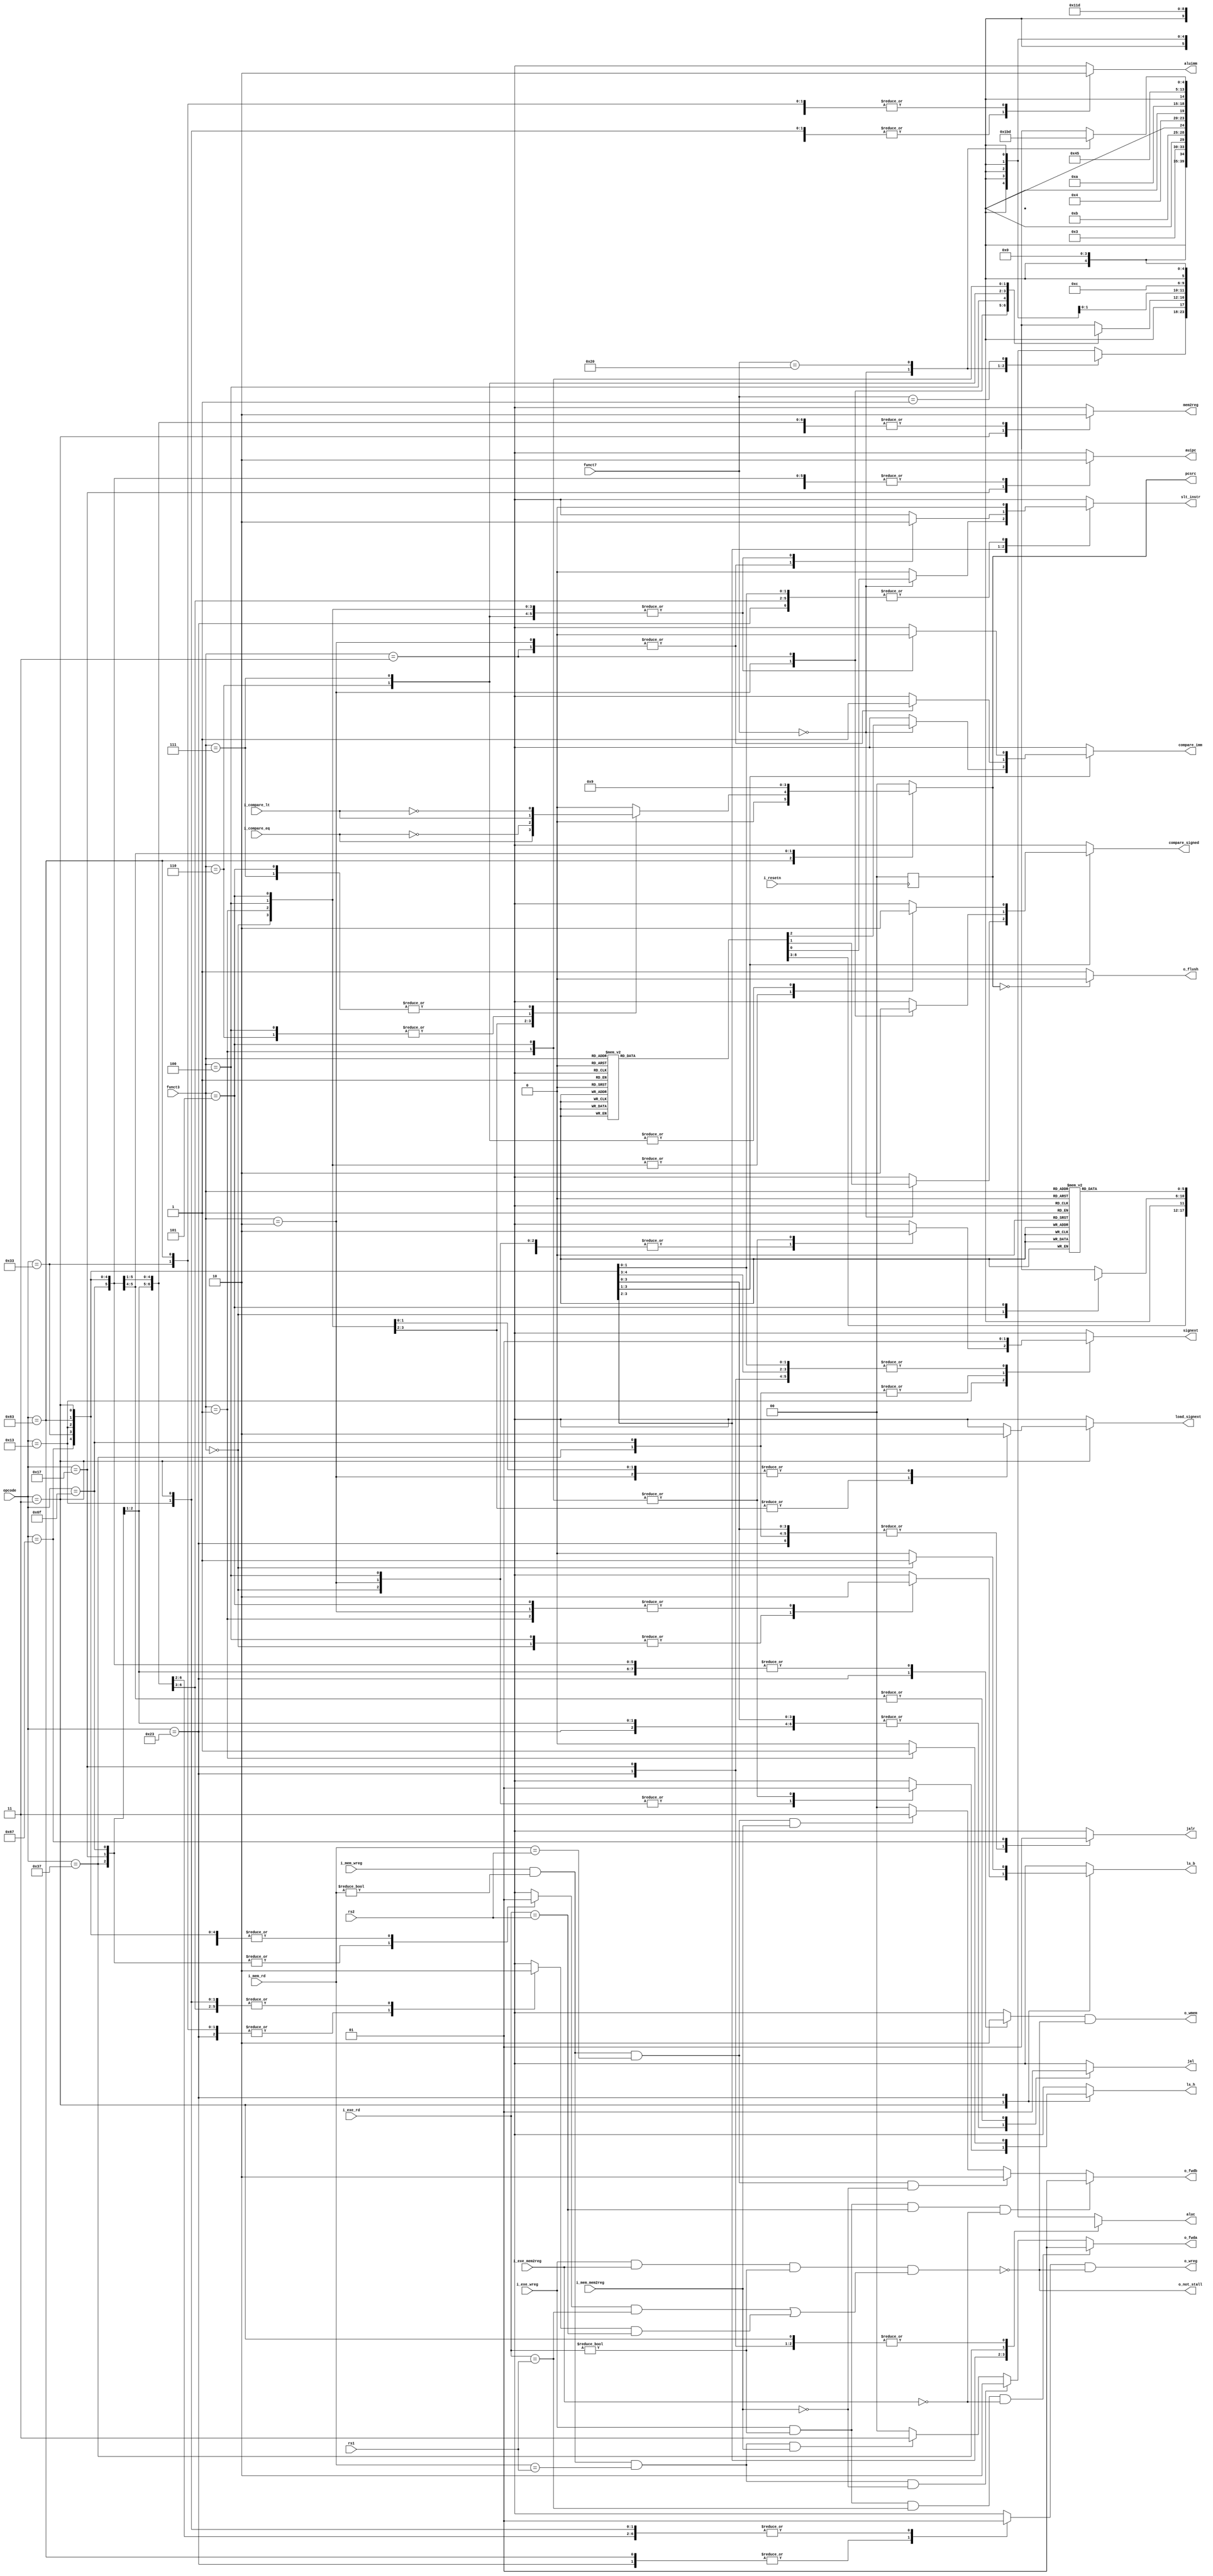
module control_unit (
    // from instr mem
    input wire i_resetn,
    input wire [6:0] opcode,
    input wire [2:0] funct3,
    input wire [6:0] funct7,
    input wire [4:0] rs1, rs2,
    // from datapath
    input wire i_compare_lt, i_compare_eq,
    input wire i_mem_wreg, i_mem_mem2reg, i_exe_wreg, i_exe_mem2reg,
    input wire [4:0] i_mem_rd, i_exe_rd,
    // to datapath
    output wire o_not_stall, o_flush, 
    output reg [5:0] aluc,
    output reg [1:0] pcsrc,
    output reg [1:0] o_fwda, o_fwdb,
    output wire o_wreg, o_wmem,
    output reg mem2reg, aluimm, jal, jalr, signext, auipc, ls_b, ls_h, load_signext, slt_instr, compare_signed, compare_imm 
); 
    
    /**** Data Forwarding (regdata1)****/
    always @(*)
    begin
        // default: No hazards
        o_fwda = 2'b00;

        // alu out from instr in exe stage
        if (i_exe_wreg & (i_exe_rd != 0) & (i_exe_rd == rs1) & ~i_exe_mem2reg) // if instr in exe stage writes to regfile AND the instr in the ID stage reads the result of the instr in the EXE stage AND EXE instr is not a load
            o_fwda = 2'b01;
        else
        begin
            // alu out from instr in mem stage
            if (i_mem_wreg & (i_mem_rd != 0) & (i_mem_rd == rs1) & ~i_mem_mem2reg) // if MEM instr writes to regfile AND ID instr reads the result of MEM instr AND MEM instr is not a load 
                o_fwda = 2'b10;
            // mem data from instr in mem stage 
            else
                if (i_mem_wreg & (i_mem_rd != 0) & (i_mem_rd == rs1) & i_mem_mem2reg) // if MEM instr writes to regfile AND ID instr reads the result of MEM instr AND MEM instr is a load
                    o_fwda = 2'b11;
        end 
    end

    /**** Data Forwarding (regdata2)****/
    always @(*)
    begin
        // default: No hazards
        o_fwdb = 2'b00;

        // alu out from instr in exe stage
        if (i_exe_wreg & (i_exe_rd != 0) & (i_exe_rd == rs2) & ~i_exe_mem2reg)
            o_fwdb = 2'b01;
        else
        begin
            // alu out from instr in mem stage
            if (i_mem_wreg & (i_mem_rd != 0) & (i_mem_rd == rs2) & ~i_mem_mem2reg)
                o_fwdb = 2'b10;
            // mem data from instr in mem stage 
            else
                if (i_mem_wreg & (i_mem_rd != 0) & (i_mem_rd == rs2) & i_mem_mem2reg)
                    o_fwdb = 2'b11;
        end 
    end

    wire stall;
    reg wmem, wreg;
    reg use_rs1, use_rs2; // boolean that signifies if the current instruction uses rs1/rs2
    assign o_wmem = wmem & o_not_stall;
    assign o_wreg = wreg & o_not_stall;

    assign stall = i_exe_wreg & i_exe_mem2reg & (i_exe_rd != 0) & ( use_rs1 & (i_exe_rd == rs1) | use_rs2 & (i_exe_rd == rs2) );
    assign o_not_stall = ~stall;
    assign o_flush = (pcsrc == 2'b00) ? 1'b0 : 1'b1; // if pcsrc is pc+4 then do not flush. If pcsrc is not pc+4 (jump/branch is taken) then flush

    always @(negedge i_resetn)
    begin
        pcsrc = 2'b00;
    end

    /******************************** Instruction Decode ********************************/
    always @(*)
    begin
        wreg    = 1'bx;
        jal     = 1'bx;
        jalr    = 1'bx;
        mem2reg = 1'bx;
        aluimm  = 1'bx;
        signext = 1'bx;
        ls_b    = 1'bx;
        ls_h    = 1'bx;
        load_signext = 1'bx;
        wmem    = 1'bx;
        pcsrc   = 2'b00;
        aluc    = 6'bxxxxxx;
        auipc   = 1'bx;
        slt_instr = 1'bx;
        compare_signed = 1'bx;
        compare_imm = 1'bx;
        use_rs1 = 1'bx;
        use_rs2 = 1'bx;

        case(opcode)
            7'b0110011: // R-Type
            begin
                wreg    = 1'b1;
                jal     = 1'b0;
                jalr    = 1'b0;
                mem2reg = 1'b0;
                aluimm  = 1'b0;
                signext = 1'b1;
                ls_b    = 1'bx;
                ls_h    = 1'bx;
                load_signext = 1'bx;
                wmem    = 1'b0;
                pcsrc   = 2'b00;
                auipc   = 1'b0;
                slt_instr = 1'b0;
                compare_signed = 1'bx;
                compare_imm = 1'bx;
                use_rs1 = 1'b1;
                use_rs2 = 1'b1;
                
                case(funct7)
                    7'b0000000: 
                    begin
                        case(funct3)
                            3'b000: aluc  = 6'bxx0000; // add                               
                            3'b001: aluc  = 6'bx00101; // sll
                            3'b010:                    // slt
                            begin
                                compare_signed = 1'b1;
                                compare_imm = 1'b0;
                                aluc  = 6'bxx0011; 
                                slt_instr = 1'b1;
                            end
                            3'b011:                   // sltu
                            begin
                                compare_signed = 1'b0;
                                compare_imm = 1'b0;
                                aluc  = 6'bxx1011; 
                                slt_instr = 1'b1;
                            end
                            3'b100: aluc  = 6'bxx0100; // xor                                             
                            3'b101: aluc  = 6'bx01101; // srl
                            3'b110: aluc  = 6'bxx1010; // or                               
                            3'b111: aluc  = 6'bxx0010; // and
                            default: aluc = 6'bxxxxxx;
                        endcase
                    end
                    
                    7'b0100000: // sra/sub
                    begin
                        case(funct3)
                            3'b000: aluc = 6'bxx1000; // sub
                            3'b101: aluc = 6'bx11101; // sra
                        endcase
                    end

                    7'b0000001: // Mul/Div
                    begin
                        case(funct3)
                            3'b000: aluc = 6'b000001; // mul
                            3'b001: aluc = 6'b010001; // mulh
                            3'b010: aluc = 6'b100001; // mulhsu
                            3'b011: aluc = 6'b110001; // mulhu
                            3'b100: aluc = 6'b001001; // div
                            3'b101: aluc = 6'b011001; // divu
                            3'b110: aluc = 6'b101001; // rem
                            3'b111: aluc = 6'b111001; // remu
                        endcase
                    end
                    
                    default: aluc = 6'bxxxxxx;
                endcase
            end
            
            7'b0010011: // I-Type
            begin
                wreg    = 1'b1;
                jal     = 1'b0;
                jalr    = 1'b0;
                mem2reg = 1'b0;
                aluimm  = 1'b1;
                signext = 1'b1;
                ls_b    = 1'bx;
                ls_h    = 1'bx;
                load_signext = 1'bx;
                wmem    = 1'b0;
                pcsrc   = 2'b00;
                auipc   = 1'b0;
                slt_instr = 1'b0;
                compare_signed = 1'bx;
                compare_imm = 1'bx;
                use_rs1 = 1'b1;
                use_rs2 = 1'b0;

                case(funct3)
                    3'b000: aluc = 6'bxx0000; // addi
                    3'b010:                   // slti
                    begin
                        compare_signed = 1'b1;
                        compare_imm = 1'b1;
                        aluc = 6'bxx0011; 
                        slt_instr = 1'b1;
                    end
                    3'b011:                   // sltiu
                    begin
                        compare_signed = 1'b0;
                        compare_imm = 1'b1;
                        aluc = 6'bxx1011; 
                        slt_instr = 1'b1;
                    end
                    3'b100: aluc = 6'bxx0100; // xori
                    3'b110: aluc = 6'bxx1010; // ori
                    3'b111: aluc = 6'bxx0010; // andi
                    3'b001:                   // slli
                    begin
                        aluc = 6'bx00101; 
                        signext = 1'b0;
                    end
                    3'b101:                 // sr
                    begin
                        signext = 1'b0;
                        case(funct7)
                            7'b0000000: aluc = 6'bx01101; // srli
                            7'b0100000: aluc = 6'bx11101; // srai
                            default:    aluc = 6'bxxxxxx;
                        endcase
                    end
                endcase
            end
            
            7'b1100011: // B-Type
            begin
                wreg     = 1'b0;
                jal      = 1'b0;
                jalr     = 1'b0;
                mem2reg  = 1'b0;
                aluimm   = 1'b0;
                signext  = 1'b1;
                ls_b    = 1'bx;
                ls_h    = 1'bx;
                load_signext = 1'bx;
                wmem     = 1'b0;
                auipc    = 1'b0;
                pcsrc[1] = 1'b0;
                slt_instr = 1'b0;
                compare_signed = 1'bx;
                compare_imm = 1'bx;
                aluc = 6'bxxxxxx;
                use_rs1 = 1'b1;
                use_rs2 = 1'b1;
                
                case(funct3)
                    3'b000: // beq
                    begin 
                        compare_signed = 1'b1;
                        compare_imm = 1'b0;
                        pcsrc[0] = i_compare_eq; 
                    end

                    3'b001: // bne
                    begin
                        compare_signed = 1'b1;
                        compare_imm = 1'b0;
                        pcsrc[0] = ~i_compare_eq; 
                    end

                    3'b100: // blt
                    begin
                        compare_signed = 1'b1;
                        compare_imm = 1'b0;
                        pcsrc[0] = i_compare_lt; 
                    end

                    3'b101: // bge
                    begin
                        compare_signed = 1'b1;
                        compare_imm = 1'b0;
                        pcsrc[0] = ~i_compare_lt; 
                    end

                    3'b110: // bltu
                    begin
                        compare_signed = 1'b0;
                        compare_imm = 1'b0;
                        pcsrc[0] = i_compare_lt; 
                    end

                    3'b111: // bgeu
                    begin
                        compare_signed = 1'b0;
                        compare_imm = 1'b0;
                        pcsrc[0] = ~i_compare_lt; 
                    end

                    default: pcsrc = 2'b00;
                endcase
            end
            
            7'b0000011: // Load-Type 
            begin
                wreg    = 1'b1;
                jal     = 1'b0;
                jalr    = 1'b0;
                mem2reg = 1'b1;
                aluimm  = 1'b1;
                signext = 1'b1;
                wmem    = 1'b0;
                pcsrc   = 2'b00;
                aluc    = 6'bxx0000;
                auipc   = 1'b0;
                slt_instr = 1'b0;
                compare_signed = 1'bx;
                compare_imm = 1'bx;
                use_rs1 = 1'b1;
                use_rs2 = 1'b0;

                case(funct3)
                    3'b000: // lb
                    begin
                        ls_b         = 1'b1;
                        ls_h         = 1'b0;
                        load_signext = 1'b1;
                    end

                    3'b001: // lh
                    begin
                        ls_b         = 1'b0;
                        ls_h         = 1'b1;
                        load_signext = 1'b1;
                    end

                    3'b010: // lw
                    begin
                        ls_b         = 1'b0;
                        ls_h         = 1'b0;
                        load_signext = 1'b0;
                    end

                    3'b100: // lbu
                    begin
                        ls_b         = 1'b1;
                        ls_h         = 1'b0;
                        load_signext = 1'b0;
                    end

                    3'b101: // lhu
                    begin
                        ls_b         = 1'b0;
                        ls_h         = 1'b1;
                        load_signext = 1'b0;
                    end

                endcase
            end
            
            7'b0100011: // Store-Type 
            begin
                wreg    = 1'b0;
                jal     = 1'b0;
                jalr    = 1'b0;
                mem2reg = 1'b0;
                aluimm  = 1'b1;
                signext = 1'b1;
                wmem    = 1'b1;
                pcsrc   = 2'b00;
                aluc    = 6'bxx0000;
                auipc   = 1'b0;
                slt_instr = 1'b0;
                compare_signed = 1'bx;
                compare_imm = 1'bx;
                use_rs1 = 1'b1;
                use_rs2 = 1'b1;

                case(funct3) 
                    3'b000: // sb
                    begin
                        ls_b = 1'b1;
                        ls_h = 1'b0;
                    end

                    3'b001: // sh
                    begin
                        ls_b = 1'b0;
                        ls_h = 1'b1;
                    end

                    default: // sw
                    begin
                        ls_b = 0;
                        ls_h = 0;
                    end
                endcase
            end
            
            7'b0110111: // lui
            begin
                wreg    = 1'b1;
                jal     = 1'b0;
                jalr    = 1'b0;
                mem2reg = 1'b0;
                aluimm  = 1'b1;
                signext = 1'b0;
                ls_b    = 1'bx;
                ls_h    = 1'bx;
                load_signext = 1'bx;
                wmem    = 1'b0;
                pcsrc   = 2'b00;
                aluc    = 6'bxx1100;
                auipc   = 1'b0;
                slt_instr = 1'b0;
                compare_signed = 1'bx;
                compare_imm = 1'bx;
                use_rs1 = 1'b0;
                use_rs2 = 1'b0;
            end

            7'b0010111: // auipc
            begin
                wreg    = 1'b1;
                jal     = 1'b0;
                jalr    = 1'bx;
                mem2reg = 1'b0;
                aluimm  = 1'b1;
                signext = 1'b1;
                ls_b    = 1'bx;
                ls_h    = 1'bx;
                load_signext = 1'bx;
                wmem    = 1'b0;
                pcsrc   = 2'b00;
                aluc    = 6'bxx0000;
                auipc   = 1'b1;
                slt_instr = 1'b0;
                compare_signed = 1'bx;
                compare_imm = 1'bx;
                use_rs1 = 1'b0;
                use_rs2 = 1'b0;
            end
            
            7'b1101111: // jal
            begin
                pcsrc   = 2'b10;
                wreg    = 1'b1;
                jal     = 1'b1;
                jalr    = 1'b0;
                mem2reg = 1'b0;
                aluimm  = 1'b0;
                signext = 1'b0;
                ls_b    = 1'bx;
                ls_h    = 1'bx;
                load_signext = 1'bx;
                wmem    = 1'b0;
                aluc    = 6'bxxxxxx;
                auipc   = 1'b0;
                slt_instr = 1'b0;
                compare_signed = 1'bx;
                compare_imm = 1'bx;
                use_rs1 = 1'b0;
                use_rs2 = 1'b0;
            end
            
            7'b1100111: // jalr
            begin
                wreg    = 1'b1;
                jal     = 1'b1;
                jalr    = 1'b1;
                mem2reg = 1'b0;
                aluimm  = 1'b0;
                signext = 1'b1;
                ls_b    = 1'bx;
                ls_h    = 1'bx;
                load_signext = 1'bx;
                wmem    = 1'b0;
                pcsrc   = 2'b01;
                aluc    = 6'bxxxxxx;
                auipc   = 1'b0;
                slt_instr = 1'b0;
                compare_signed = 1'bx;
                compare_imm = 1'bx;
                use_rs1 = 1'b1;
                use_rs2 = 1'b0;
            end
            
            default:
            begin
                wreg    = 1'bx;
                jal     = 1'bx;
                jalr    = 1'bx;
                mem2reg = 1'bx;
                aluimm  = 1'bx;
                signext = 1'bx;
                ls_b    = 1'bx;
                ls_h    = 1'bx;
                load_signext = 1'bx;
                wmem    = 1'bx;
                pcsrc   = 2'b00;
                aluc    = 6'bxxxxxx;
                auipc   = 1'bx;
                slt_instr = 1'bx;
                compare_signed = 1'bx;
                compare_imm = 1'bx;
                use_rs1 = 1'bx;
                use_rs2 = 1'bx;
            end
        endcase
    end
    
endmodule